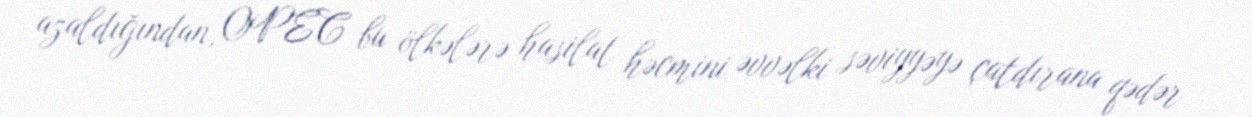
azaldığından, OPEC bu ölkələrə hasilat həcmini əvvəlki səviyyəyə çatdırana qədər